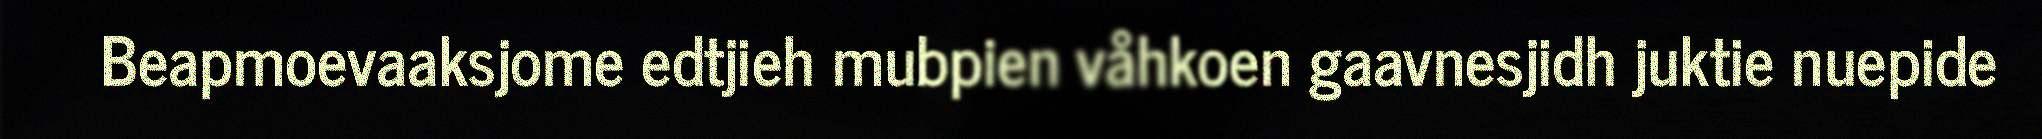
Beapmoevaaksjome edtjieh mubpien våhkoen gaavnesjidh juktie nuepide